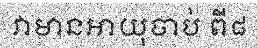
វាមានអាយុចាប់ ពី៨